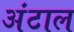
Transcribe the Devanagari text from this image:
अंटाल